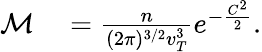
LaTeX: \begin{array}{rl}{\mathcal{M}}&{{}=\frac{n}{(2\pi)^{3/2}v_{T}^{3}}e^{-\frac{C^{2}}{2}}.}\end{array}